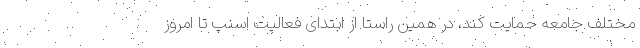
مختلف جامعه حمایت کند، در همین راستا از ابتدای فعالیت اسنپ تا امروز